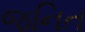
જનિત